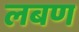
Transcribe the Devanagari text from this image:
लबण